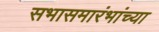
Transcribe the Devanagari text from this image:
सभासमारंभांच्या